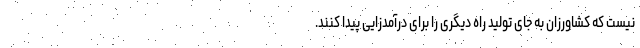
نیست که کشاورزان به جای تولید راه دیگری را برای درآمدزایی پیدا کنند.